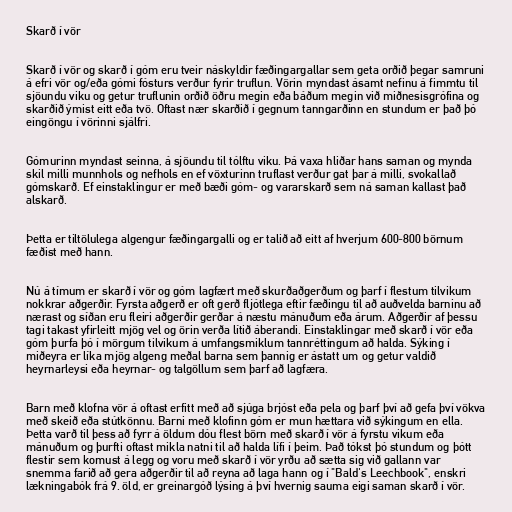
Skarð í vör

Skarð í vör og skarð í góm eru tveir náskyldir fæðingargallar sem geta orðið þegar samruni
á efri vör og/eða gómi fósturs verður fyrir truflun. Vörin myndast ásamt nefinu á fimmtu til
sjöundu viku og getur truflunin orðið öðru megin eða báðum megin við miðnesisgrófina og
skarðið ýmist eitt eða tvö. Oftast nær skarðið í gegnum tanngarðinn en stundum er það þó
eingöngu í vörinni sjálfri.

Gómurinn myndast seinna, á sjöundu til tólftu viku. Þá vaxa hliðar hans saman og mynda
skil milli munnhols og nefhols en ef vöxturinn truflast verður gat þar á milli, svokallað
gómskarð. Ef einstaklingur er með bæði góm- og vararskarð sem ná saman kallast það
alskarð.

Þetta er tiltölulega algengur fæðingargalli og er talið að eitt af hverjum 600-800 börnum
fæðist með hann.

Nú á tímum er skarð í vör og góm lagfært með skurðaðgerðum og þarf í flestum tilvikum
nokkrar aðgerðir. Fyrsta aðgerð er oft gerð fljótlega eftir fæðingu til að auðvelda barninu að
nærast og síðan eru fleiri aðgerðir gerðar á næstu mánuðum eða árum. Aðgerðir af þessu
tagi takast yfirleitt mjög vel og örin verða lítið áberandi. Einstaklingar með skarð í vör eða
góm þurfa þó í mörgum tilvikum á umfangsmiklum tannréttingum að halda. Sýking í
miðeyra er líka mjög algeng meðal barna sem þannig er ástatt um og getur valdið
heyrnarleysi eða heyrnar- og talgöllum sem þarf að lagfæra.

Barn með klofna vör á oftast erfitt með að sjúga brjóst eða pela og þarf því að gefa því vökva
með skeið eða stútkönnu. Barni með klofinn góm er mun hættara við sýkingum en ella.
Þetta varð til þess að fyrr á öldum dóu flest börn með skarð í vör á fyrstu vikum eða
mánuðum og þurfti oftast mikla natni til að halda lífi í þeim. Það tókst þó stundum og þótt
flestir sem komust á legg og voru með skarð í vör yrðu að sætta sig við gallann var
snemma farið að gera aðgerðir til að reyna að laga hann og í "Bald's Leechbook", enskri
lækningabók frá 9. öld, er greinargóð lýsing á því hvernig sauma eigi saman skarð í vör.